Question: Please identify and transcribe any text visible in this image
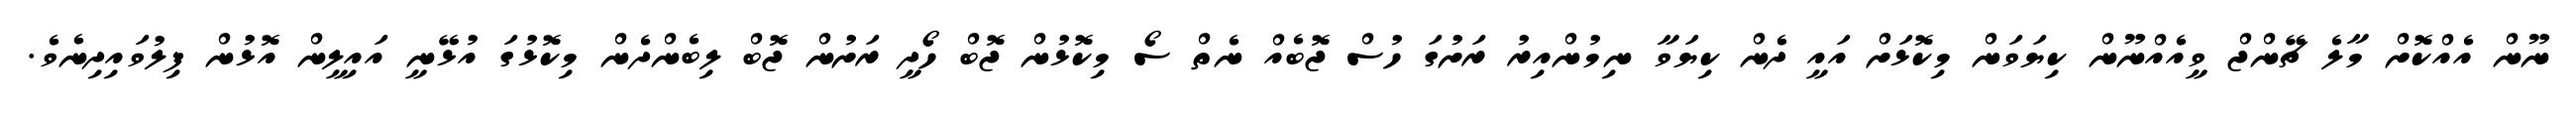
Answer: ނޫން އެއްކޮށް މާލެ ޗޭންޖް ވީއެއްނޫން ކިޔަވަން މިކޮޅަށް އައީ ދެން ކިޔަވާ ނިމުންއިރު ރަށުގަ ހުސް ޖޮބެއް ނެތް ސޯ މިކޮޅުން ޖޮބް ހޯދީ ރަށުން ޖޮބް ލިބެންދެން މިކޮޅުގަ އުޅޭނީ އައިލީން އޮޅުން ފިލުވައިދިނެވެ.